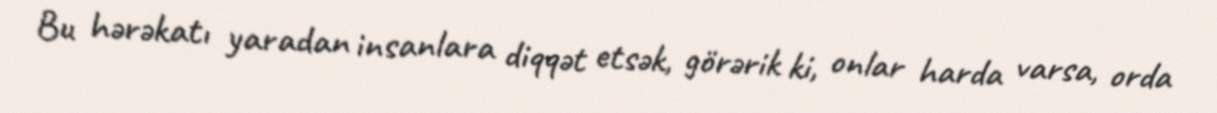
Bu hərəkatı yaradan insanlara diqqət etsək, görərik ki, onlar harda varsa, orda